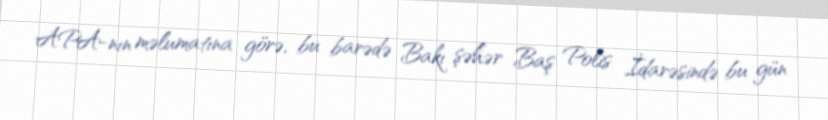
APA-nın məlumatına görə, bu barədə Bakı şəhər Baş Polis İdarəsində bu gün